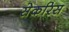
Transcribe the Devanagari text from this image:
सेकरिस